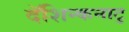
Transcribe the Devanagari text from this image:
दॅशिन्कनाटु